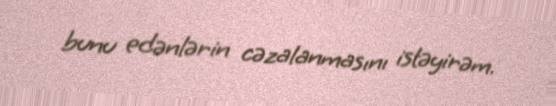
bunu edənlərin cəzalanmasını istəyirəm.